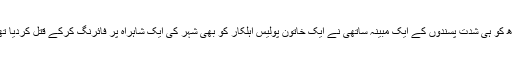
بدھ کو ہی شدت پسندوں کے ایک مبینہ ساتھی نے ایک خاتون پولیس اہلکار کو بھی شہر کی ایک شاہراہ پر فائرنگ کرکے قتل کردیا تھا۔